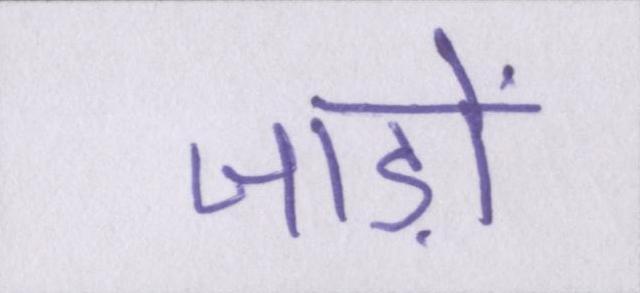
जाड़ों